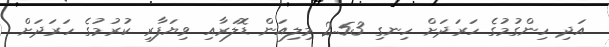
އަދި ހިންގުމުގެ ހަރަދަށް ހިނގި 2.53 މިލިއަން ޑޮލަރާއި ވިޔަފާރި ކުރުމުގެ ހަރަދަށް